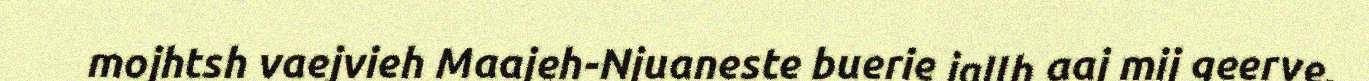
mojhtsh vaejvieh Maajeh-Njuaneste buerie jallh aaj mij geerve,